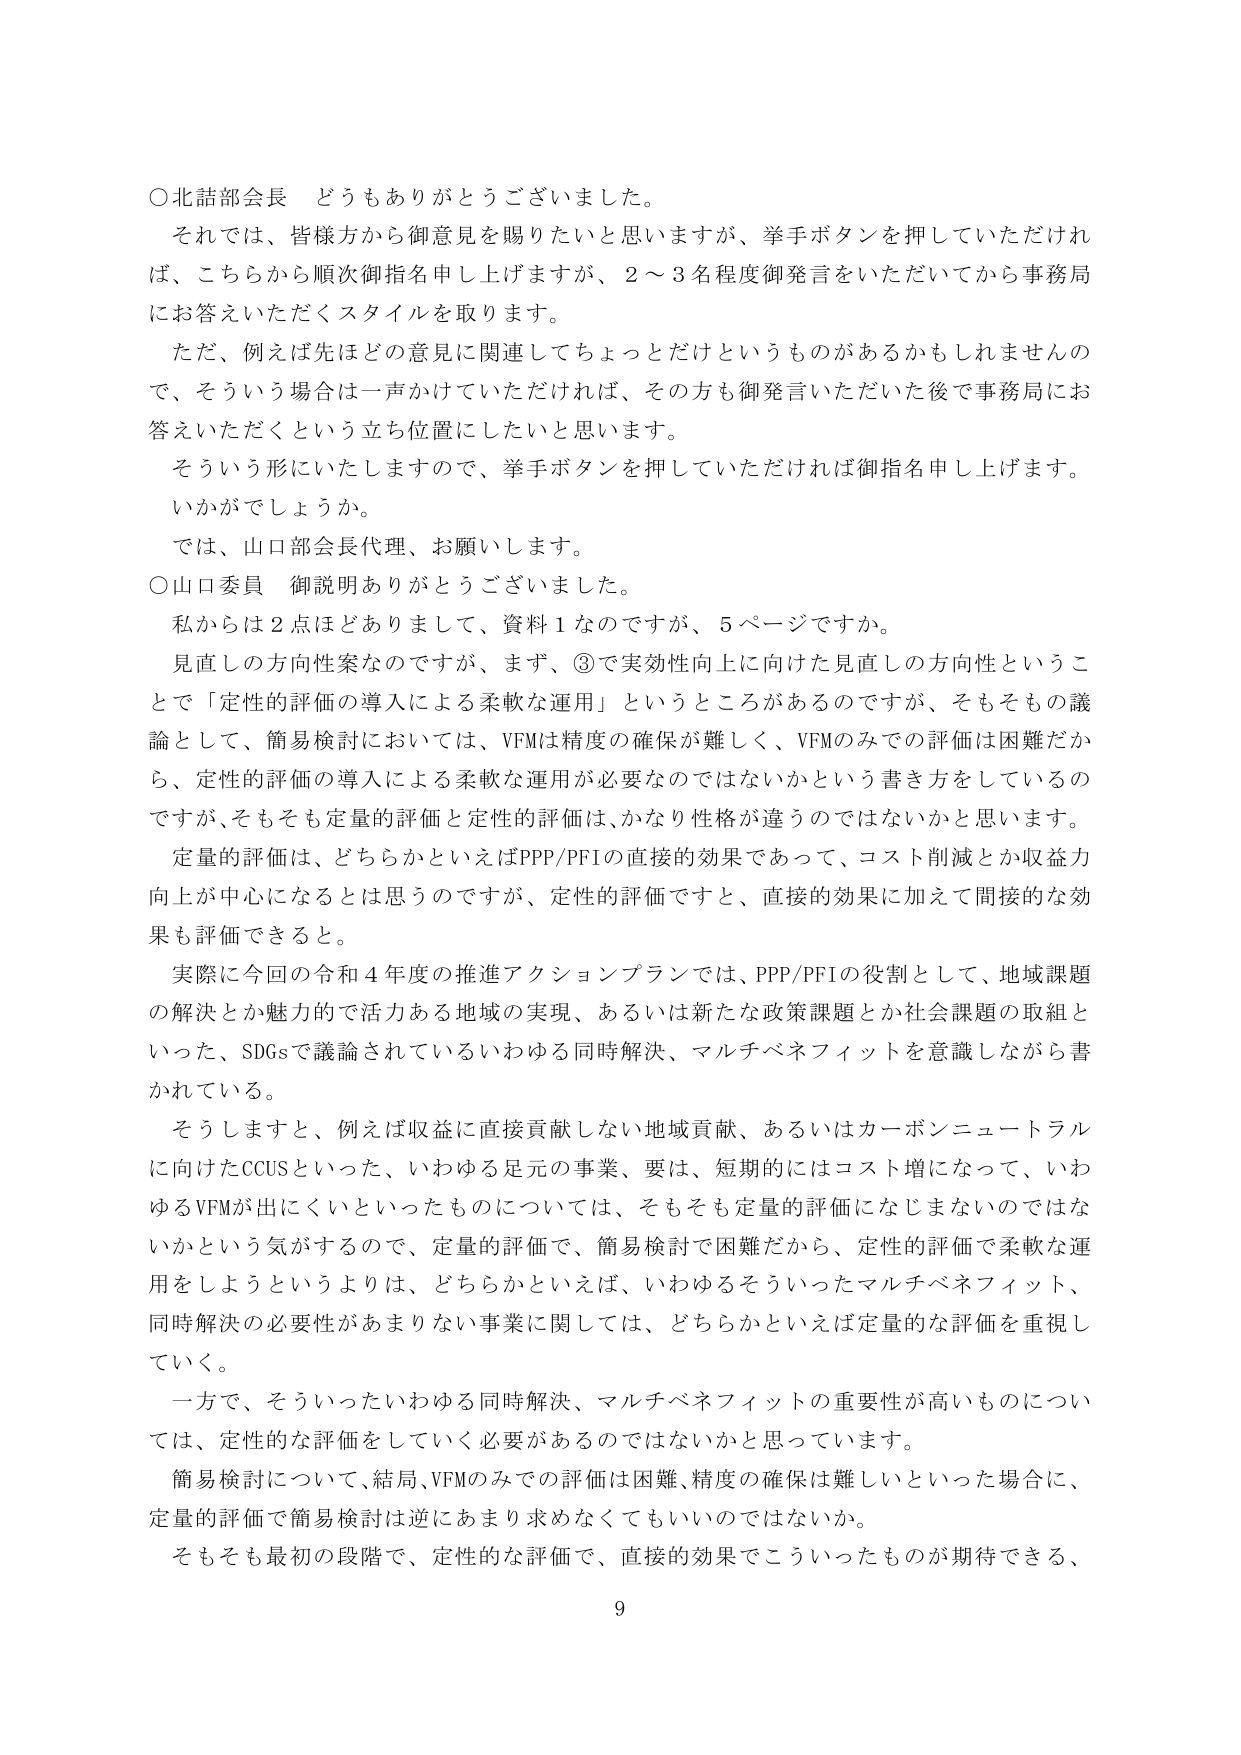
○北舘部会長　どうもありがとうございました。
それでは、皆様方から御意見を賜りたいと思いますが、挙手ボタンを押していただければ、こちらから順次御指名申し上げますが、2～3名程度御発言をいただいてから事務局にお答えいただくスタイルを取ります。
ただ、例えば先ほどの意見に関連してちょっとだけというものがあるかもしれませんので、そういう場合は一声かけていただければ、その方も御発言いただいた後で事務局にお答えいただくという立ち位置にしたいと思います。
そういう形にいたしますので、挙手ボタンを押していただければ御指名申し上げます。
いかがでしょうか。
では、山口部会長代理、お願いします。

○山口委員　御説明ありがとうございました。
私からは2点ほどありまして、資料1なのですが、5ページですか。
見直しの方向性案なのですが、まず、③で実効性向上に向けた見直しの方向性ということで「定性的評価の導入による柔軟な運用」というところがあるのですが、そもそもその議論として、簡易検討においては、VFMは精度の確保が難しく、VFMのみでの評価は困難だから、定性的評価の導入による柔軟な運用が必要なのではないかという書き方をしているのですが、そもそも定量的評価と定性的評価は、かなり性格が違うのではないかと思います。
定量的評価は、どちらかといえばPPP/PFIの直接的効果であって、コスト削減とか収益力向上が中心になるとは思うのですが、定性的評価ですと、直接的効果に加えて間接的な効果も評価できると。
実際に今回の令和4年度の推進アクションプランでは、PPP/PFIの役割として、地域課題の解決とか魅力的で活力ある地域の実現、あるいは新たな政策課題とか社会課題の取組といった、SDGsで議論されているいわゆる同時解決、マルチベネフィットを意識しながら書かれている。
そうしますと、例えば収益に直接貢献しない地域貢献、あるいはカーボンニュートラルに向けたCCUSといった、いわゆる足元の事業、要は、短期的にはコスト増になって、いわゆるVFMが出にくいといったものについては、そもそも定量的評価になじまないのではないかという気がするので、定量的評価で、簡易検討で困難だから、定性的評価で柔軟な運用をしようというよりは、どちらかといえば、いわゆるそういったマルチベネフィット、同時解決の必要性があまりない事業に関しては、どちらかといえば定量的な評価を重視していく。
一方で、そういったいわゆる同時解決、マルチベネフィットの重要性が高いものについては、定性的な評価をしていく必要があるのではないかと思っています。
簡易検討について、結局、VFMのみでの評価は困難、精度の確保は難しいといった場合に、定量的評価で簡易検討は逆にあまり求めなくてもいいのではないか。
そもそも最初の段階で、定性的な評価で、直接的効果でこういったものが期待できる、

9